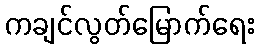
ကချင်လွတ်မြောက်ရေး